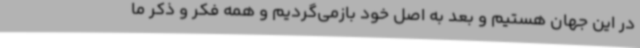
در این جهان هستیم و بعد به اصل خود بازمی‌گردیم و همه فکر و ذکر ما